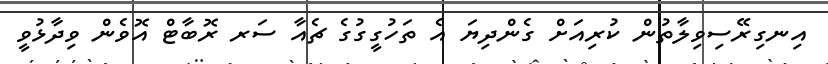
އިނގިރޭސިވިލާތުން ކުރިއަށް ގެންދިޔަ އެ ތަހުގީގުގެ ޗެއާ ސަރ ރޮބާޓް އޮވެން ވިދާޅުވީ